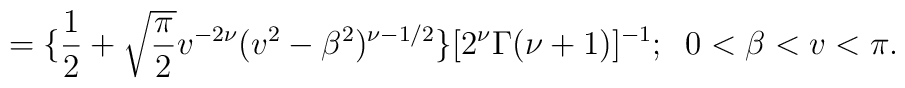
=\{\frac{1}{2}+\sqrt{\frac{\pi}{2}}v^{-2\nu}(v^2-\beta^2)^{\nu-1/2}\}[2^\nu\Gamma(\nu+1)]^{-1};\;\;0<\beta<v<\pi.